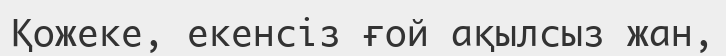
Қожеке, екенсіз ғой ақылсыз жан,